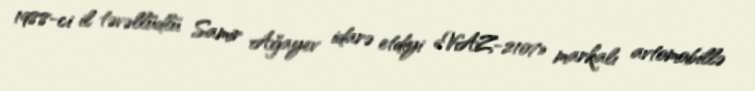
1988-ci il təvəllüdlü Samir Ağayev idarə etdiyi «VAZ-2107» markalı avtomobillə